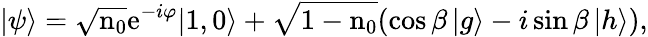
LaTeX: |\psi\rangle=\sqrt{\textrm{n}_{0}}\textrm{e}^{-i\varphi}|1,0\rangle+\sqrt{1-\textrm{n}_{0}}(\cos\beta\, |g\rangle-i\sin\beta\, |h\rangle),